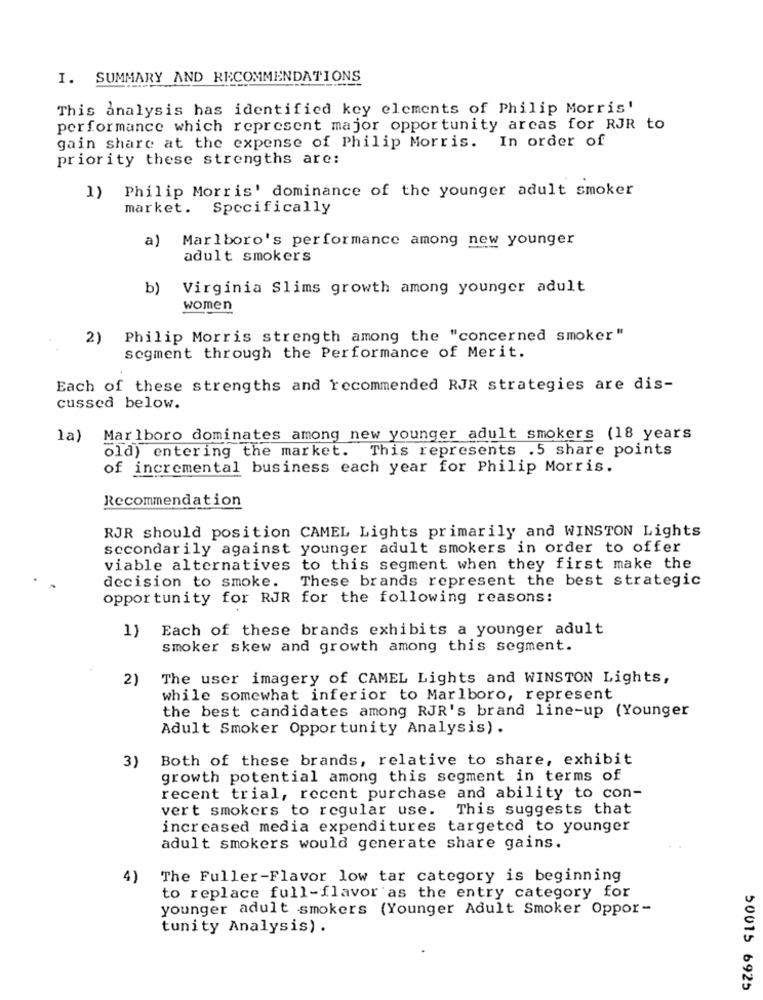
I. SUMMARY AND RECOMMENDATIONS
This analysis has identified key elements of Philip Morris'
performance which represent major opportunity arcas for RJR to
gain share at the expense of Philip Morris. In order of
priority these strengths are:
Philip Morris' dominance of the younger adult smoker
1)
market. Specifically
a)
Marlboro's performance among new younger
adult smokers
b)
Virginia Slims growth among younger adult
women
2) Philip Morris strength among the "concerned smoker"
segment through the Performance of Merit.
Each of these strengths and recommended RJR strategies are dis-
cussed below.
la)
Marlboro dominates among new younger adult smokers (18 years
old) entering the market. This represents .5 share points
of incremental business each year for Philip Morris.
Recommendation
RJR should position CAMEL Lights primarily and WINSTON Lights
secondarily against younger adult smokers in order to offer
viable alternatives to this segment when they first make the
These brands represent the best strategic
decision to smoke.
opportunity for RJR for the following reasons:
1)
Each of these brands exhibits a younger adult
smoker skew and growth among this segment.
2)
The user imagery of CAMEL Lights and WINSTON Lights,
while somewhat inferior to Marlboro, represent
the best candidates among RJR's brand line-up (Younger
Adult Smoker Opportunity Analysis).
Both of these brands, relative to share, exhibit
3)
growth potential among this segment in terms of
recent trial, recent purchase and ability to con-
vert smokers to regular use. This suggests that
increased media expenditures targeted to younger
adult smokers would generate share gains.
4)
The Fuller-Flavor low tar category is beginning
to replace full-flavor as the entry category for
younger adult smokers (Younger Adult Smoker Oppor-
tunity Analysis) .
50015 6925